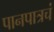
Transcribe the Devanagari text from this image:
पानपात्रचं